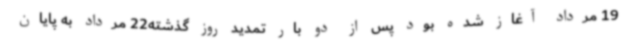
19 مرداد آغاز شده بود پس از دو بار تمدید روز گذشته22 مرداد به پایان